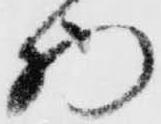
物